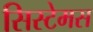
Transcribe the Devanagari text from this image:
सिस्टेमस